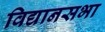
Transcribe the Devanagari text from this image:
विद्यानसभा